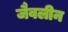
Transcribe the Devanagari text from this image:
जैवलीन